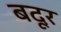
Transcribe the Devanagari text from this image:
बदूर